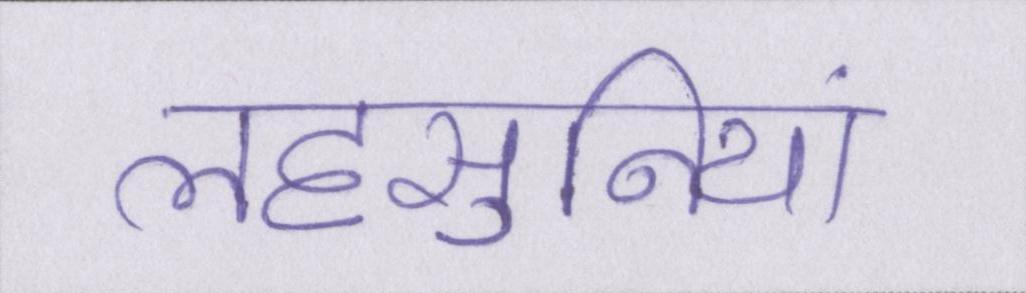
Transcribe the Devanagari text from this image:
लहसुनियां